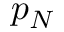
p _ { N }